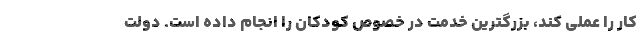
کار را عملی کند، بزرگترین خدمت در خصوص کودکان را انجام داده است. دولت